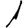
Digit: 1